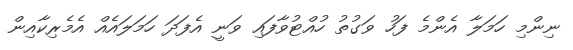
ނިންމި ހަމަލާ އެންމެ ފަހު ވަގުތު ހުއްޓުވާފައި ވަނީ އެފަދަ ހަމަލައެއް އެމެރިކާއިން